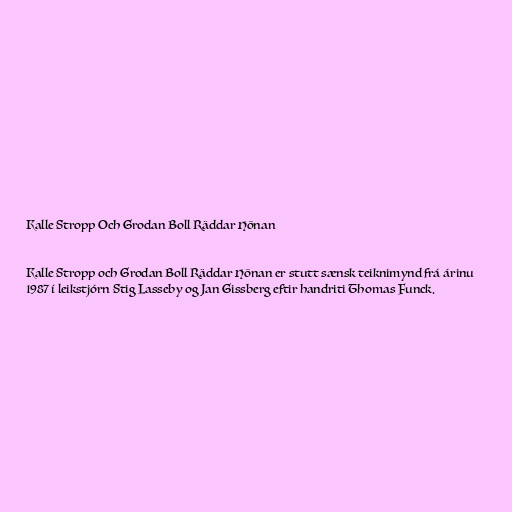
Kalle Stropp Och Grodan Boll Räddar Hönan

Kalle Stropp och Grodan Boll Räddar Hönan er stutt sænsk teiknimynd frá árinu
1987 í leikstjórn Stig Lasseby og Jan Gissberg eftir handriti Thomas Funck.